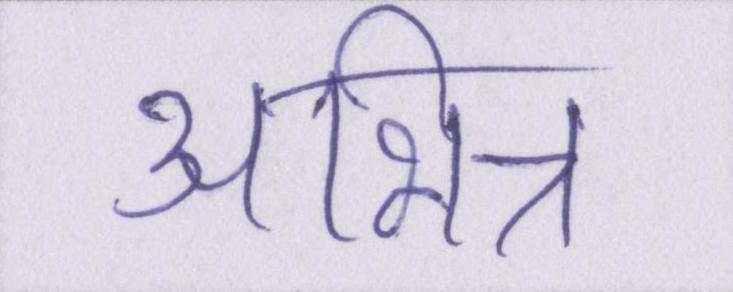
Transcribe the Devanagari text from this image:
अभिन्न